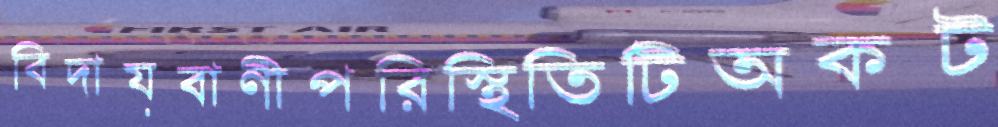
বিদায়বাণীপরিস্থিতিটিঅকট